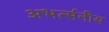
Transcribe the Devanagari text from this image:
अभर्त्सनीय